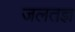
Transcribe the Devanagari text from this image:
जलतज्ञ